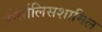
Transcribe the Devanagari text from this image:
डोर्सालिसशामिल